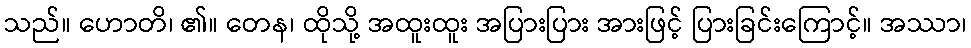
သည်။ ဟောတိ၊ ၏။ တေန၊ ထိုသို့ အထူးထူး အပြားပြား အားဖြင့် ပြားခြင်းကြောင့်။ အဿာ၊